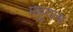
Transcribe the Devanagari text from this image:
महुतला